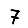
Digit: 7